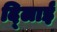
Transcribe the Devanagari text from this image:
दि्लाई